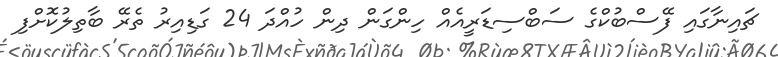
ޗައިނާގައި ފޭސްބުކްގެ ސަބްސިޑަރީއެއް ހިންގަން ދިން ހުއްދަ 24 ގަޑިއިރު ތެރޭ ބާތިލުކޮށްފި